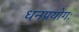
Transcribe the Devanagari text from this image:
धनप्रयोगः